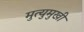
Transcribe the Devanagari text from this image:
मुत्युमुखी